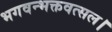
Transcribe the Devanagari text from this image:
भगवन्भक्तवत्सल।